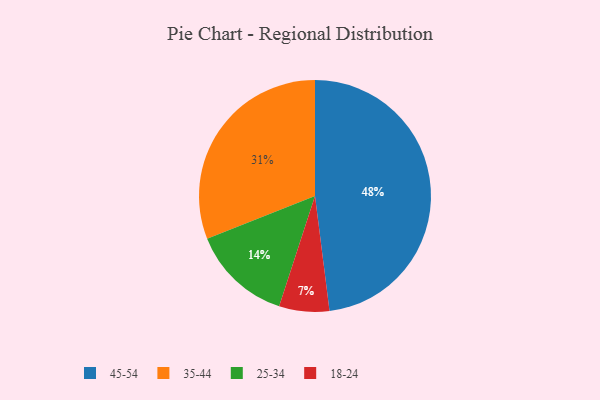
{"axis": {"x": "Category", "y": "Percentage"}, "legend": ["18-24", "25-34", "35-44", "45-54"], "data": [{"x": "35-44", "y": 31, "type": "35-44"}, {"x": "25-34", "y": 14, "type": "25-34"}, {"x": "18-24", "y": 7, "type": "18-24"}, {"x": "45-54", "y": 48, "type": "45-54"}]}